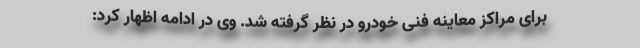
برای مراکز معاینه فنی خودرو در نظر گرفته شد. وی در ادامه اظهار کرد: